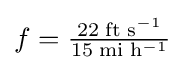
f={\tfrac {22\;{\rm {ft}}\;{\rm {s}}^{-1}}{15\;{\rm {mi\;h^{-1}}}}}